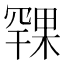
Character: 𪳨